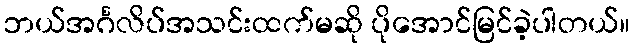
ဘယ်အင်္ဂလိပ်အသင်းထက်မဆို ပိုအောင်မြင်ခဲ့ပါတယ်။